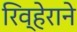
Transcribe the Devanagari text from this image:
रिव्हेराने